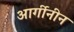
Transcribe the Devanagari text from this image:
आर्गीनीन